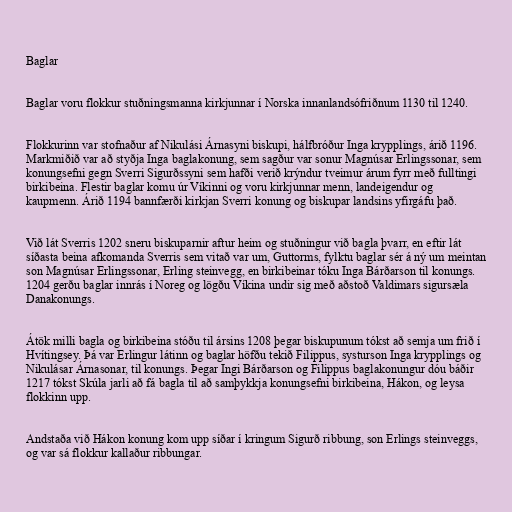
Baglar

Baglar voru flokkur stuðningsmanna kirkjunnar í Norska innanlandsófriðnum 1130 til 1240.

Flokkurinn var stofnaður af Nikulási Árnasyni biskupi, hálfbróður Inga krypplings, árið 1196.
Markmiðið var að styðja Inga baglakonung, sem sagður var sonur Magnúsar Erlingssonar, sem
konungsefni gegn Sverri Sigurðssyni sem hafði verið krýndur tveimur árum fyrr með fulltingi
birkibeina. Flestir baglar komu úr Víkinni og voru kirkjunnar menn, landeigendur og
kaupmenn. Árið 1194 bannfærði kirkjan Sverri konung og biskupar landsins yfirgáfu það.

Við lát Sverris 1202 sneru biskuparnir aftur heim og stuðningur við bagla þvarr, en eftir lát
síðasta beina afkomanda Sverris sem vitað var um, Guttorms, fylktu baglar sér á ný um meintan
son Magnúsar Erlingssonar, Erling steinvegg, en birkibeinar tóku Inga Bárðarson til konungs.
1204 gerðu baglar innrás í Noreg og lögðu Víkina undir sig með aðstoð Valdimars sigursæla
Danakonungs.

Átök milli bagla og birkibeina stóðu til ársins 1208 þegar biskupunum tókst að semja um frið í
Hvítingsey. Þá var Erlingur látinn og baglar höfðu tekið Filippus, systurson Inga krypplings og
Nikulásar Árnasonar, til konungs. Þegar Ingi Bárðarson og Filippus baglakonungur dóu báðir
1217 tókst Skúla jarli að fá bagla til að samþykkja konungsefni birkibeina, Hákon, og leysa
flokkinn upp.

Andstaða við Hákon konung kom upp síðar í kringum Sigurð ribbung, son Erlings steinveggs,
og var sá flokkur kallaður ribbungar.